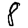
Digit: 8